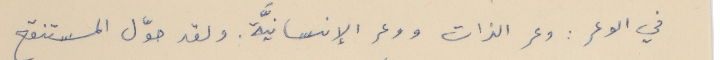
في الوعر : وعر الذات ووعر الإنسانيَّة. ولقد حوّل المستنقع